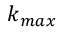
k _ { m a x }